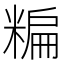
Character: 糄